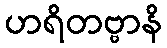
ဟရိတဗ္ဗာနိ